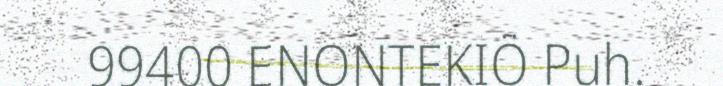
99400 ENONTEKIÖ Puh.